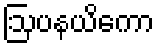
ဩပနယိကော